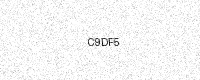
Text: C9DF5